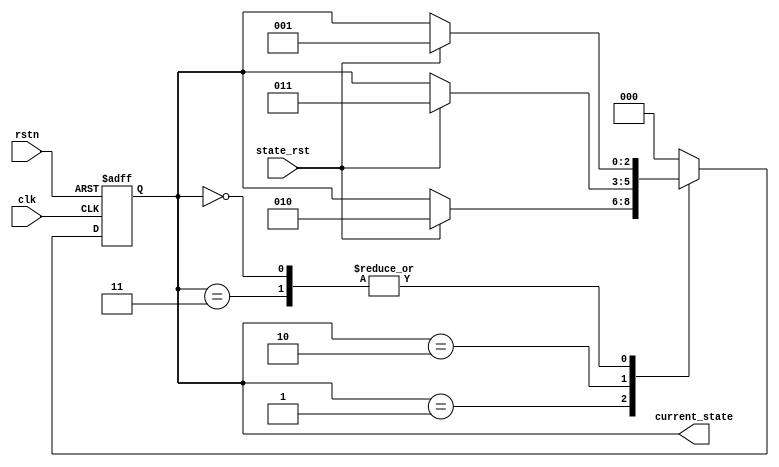
`timescale 1ns / 1ps

module StateMachine(
    input           wire            clk             ,
    input           wire            rstn            ,

    input           wire            state_rst       ,
    output          reg     [2:0]   current_state    

);

    localparam  INIT_state = 3'b000 ;
    localparam  A_state = 3'b001    ;
    localparam  B_state = 3'b010    ;
    localparam  C_state = 3'b011    ;

	reg	  [2:0]		next_state;

	always @(posedge clk or negedge rstn) begin
		if(!rstn) begin
			current_state <= INIT_state;//default state
		end else begin
			current_state <= next_state;
		end
	end

	always @(*) begin
	    next_state = INIT_state;
	    case(current_state)
	        INIT_state:begin
	            if(state_rst) begin
	                next_state = A_state;
				end else
	                next_state = current_state;
	        end

	        A_state:begin
	            if(state_rst) begin
	                next_state = B_state;
				end else
	                next_state =current_state;
	        end
		
	        B_state:begin
	            if(state_rst) begin
	                next_state = C_state;
				end else
	                next_state = current_state;
	        end
		
			C_state:begin
	            if(state_rst) begin
	                next_state = A_state;
				end else
	                next_state = current_state;
	        end

	        default:begin
	            next_state = INIT_state;
	        end
	    endcase
	end

endmodule